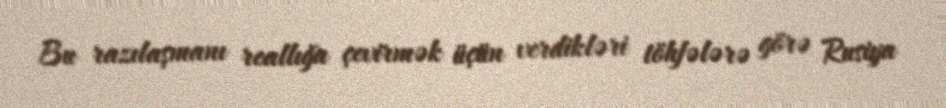
Bu razılaşmanı reallığa çevirmək üçün verdikləri töhfələrə görə Rusiya